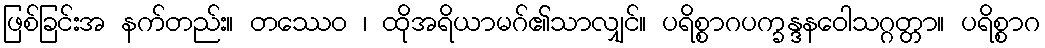
ဖြစ်ခြင်းအ နက်တည်း။ တဿေဝ ၊ ထိုအရိယာမဂ်၏သာလျှင်။ ပရိစ္စာဂပက္ခန္ဒနဝေါသဂ္ဂတ္တာ။ ပရိစ္စာဂ